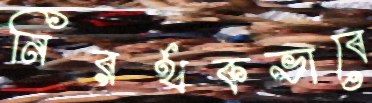
নিরর্থকভাবে